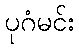
ပုဂံမင်း